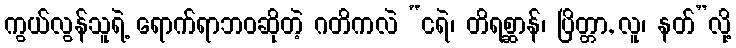
ကွယ်လွန်သူရဲ့ ရောက်ရာဘဝဆိုတဲ့ ဂတိကလဲ “ငရဲ၊ တိရစ္ဆာန်၊ ပြိတ္တာ, လူ၊ နတ်”လို့